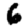
Digit: 6